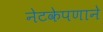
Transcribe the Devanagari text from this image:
नेटकेपणाने